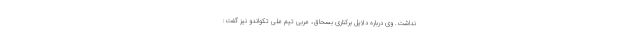
نداشت. وی درباره دلایل برکناری بسحاق، مربی تیم ملی تکواندو نیز گفت: